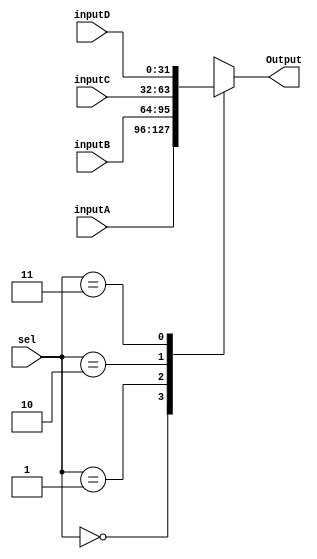
// Mux's on three register file outputs
module Mux_4_1 (
    output reg [31:0] Output,
    input [31:0] inputA,
    input [31:0] inputB,
    input [31:0] inputC,
    input [31:0] inputD,
    input [1:0] sel
    );
    always@ (inputA, inputB, inputC, inputD, sel) begin
        case(sel)
            2'b00: begin
                Output = inputA;
            end
            2'b01: begin
                Output = inputB;
            end
            2'b10: begin
                Output = inputC;
            end
            2'b11: begin 
                Output = inputD;
            end
        endcase
    end
endmodule